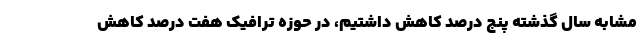
مشابه سال گذشته پنج درصد کاهش داشتیم، در حوزه ترافیک هفت درصد کاهش